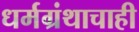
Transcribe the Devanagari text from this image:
धर्मग्रंथाचाही